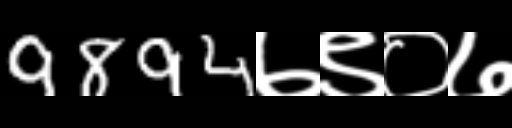
Text: 9894७९०७